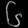
Digit: ၆